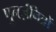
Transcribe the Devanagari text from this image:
पुनर्ज़नित्रों